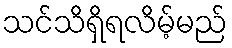
သင်သိရှိရလိမ့်မည်